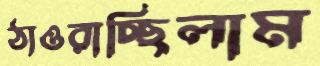
ঠাওরাচ্ছিলাম